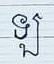
ឡ